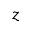
z